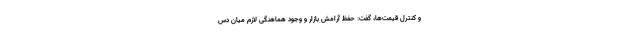
و کنترل قیمت‌ها، گفت: حفظ آرامش بازار و وجود هماهنگی لازم میان دس